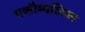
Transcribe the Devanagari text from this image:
एकौम्पलिश्ड